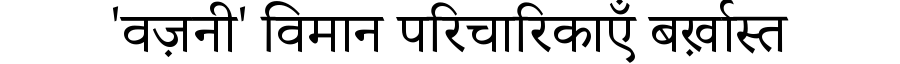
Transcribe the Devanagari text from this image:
'वज़नी' विमान परिचारिकाएँ बर्ख़ास्त